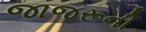
જાજરૂની